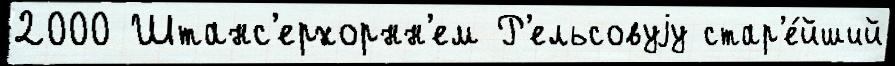
2000 Штанс'ерхорнн'ем Р'ельсовуjу стар'е́йший